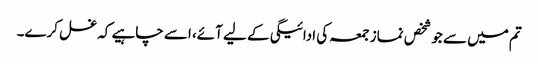
تم میں سے جو شخص نماز جمعہ کی ادائیگی کے لیے آئے، اسے چاہیے کہ غسل کرے۔